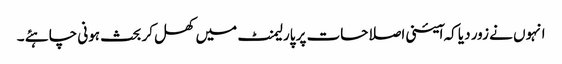
انہوں نے زور دیا کہ ا ٓئینی اصلاحات پر پارلیمنٹ میں کھل کر بحث ہونی چاہئے ۔